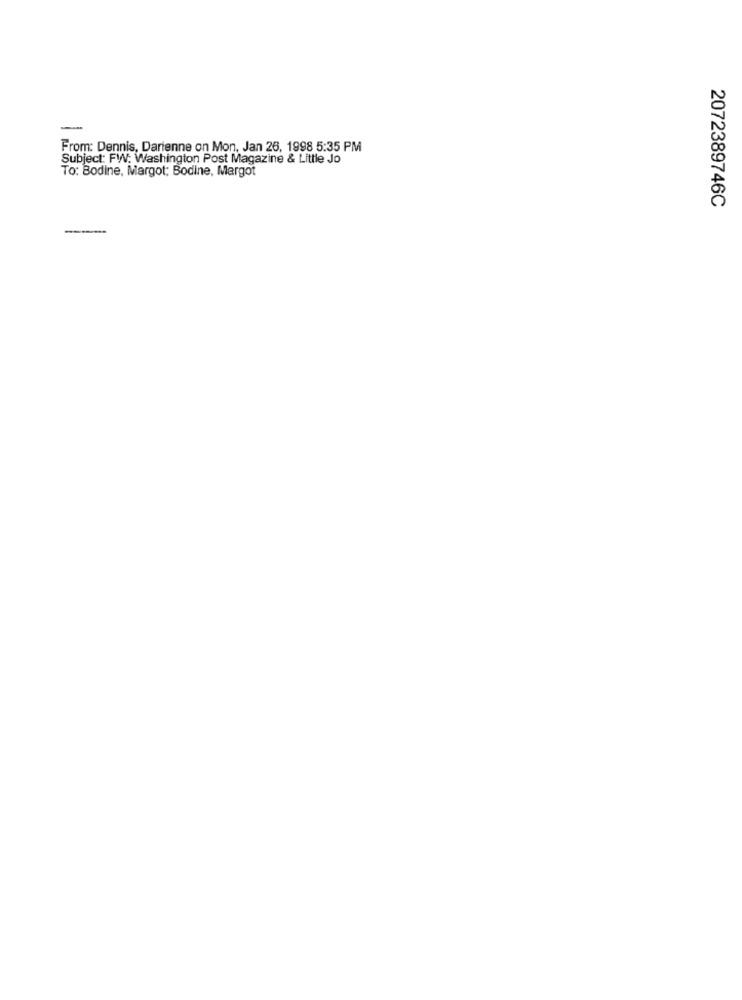
From: Dennis, Darienne on Mon, Jan 26, 1998 5:35 PM
Subject: FW: Washington Post Magazine & Little Jo
To: Bodine, Margot: Bodine, Margot
2072389746C